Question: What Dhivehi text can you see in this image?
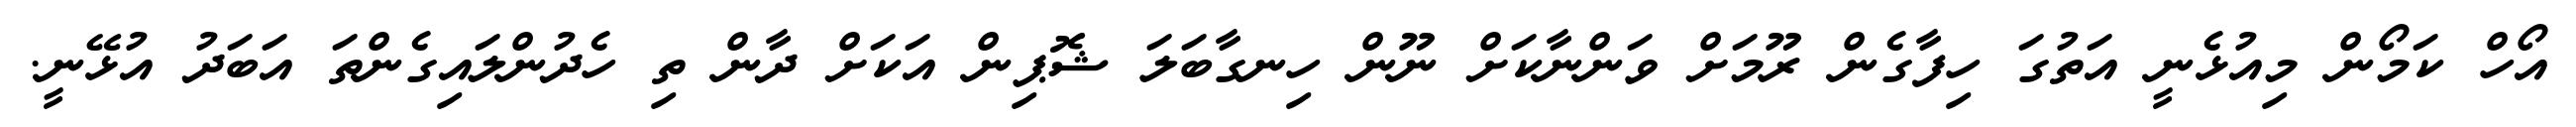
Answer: އޯހް ކަމޯން މިއުޅެނީ އަތުގަ ހިފާގެން ރޫމަށް ވަންނާކަށް ނޫން ހިނގާބަލަ ޝޮޕިން އަކަށް ދާން ތި ހެދުންލައިގެންތަ އަބަދު އުޅޭނީ.